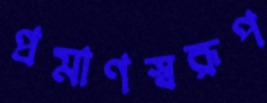
প্রমাণস্বরূপ